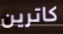
كاترين